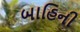
બાહિની